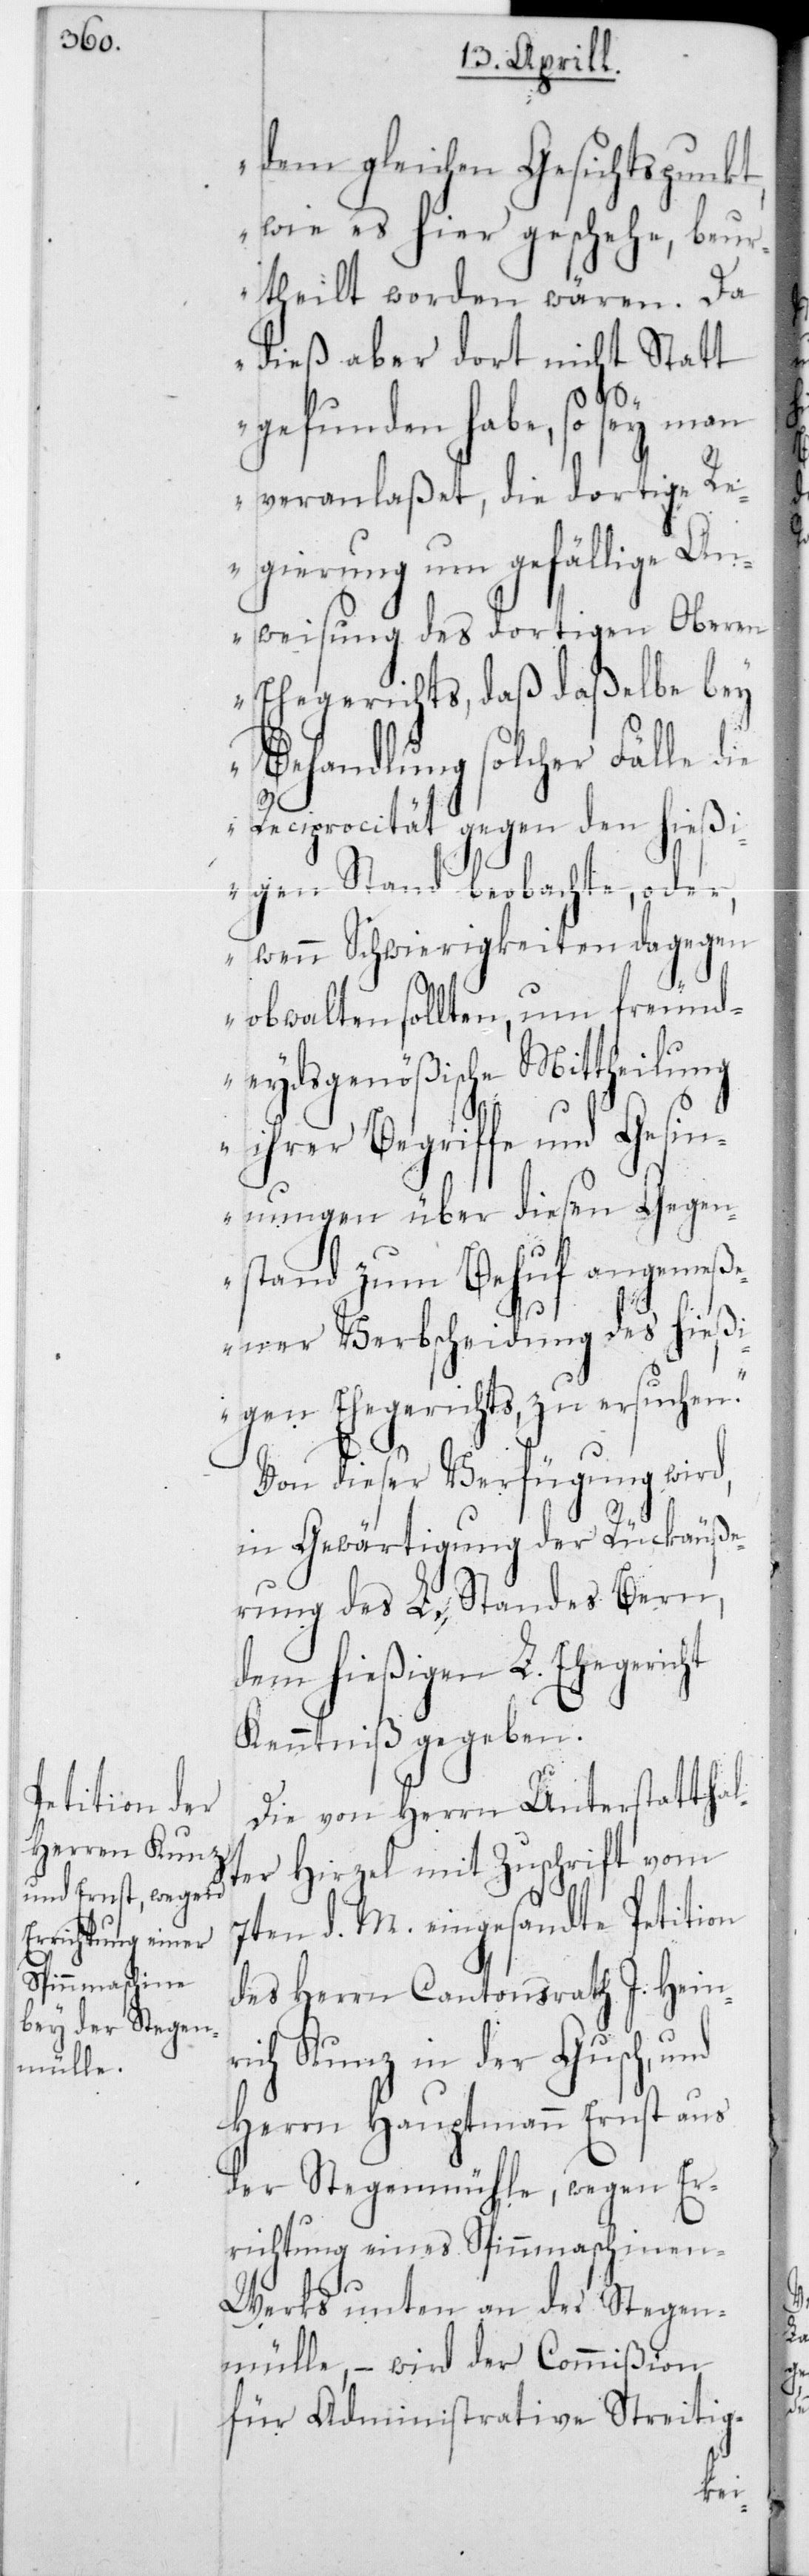
dem gleichen Gesichtspunkt,
wie es hier geschehe, beur¬
theilt worden wären. Da
dieß aber dort nicht Statt
gefunden habe, so sey man
veranlaßet, die dortige Re¬
gierung um gefällige An¬
weisung des dortigen Oberen
Ehegerichts, daß daßelbe bey
Behandlung solcher Fälle die
Reciprocität gegen den hieß¬
igen Stand beobachte, oder,
wenn Schwierigkeiten dagegen
obwalten sollten, um freund¬
eydsgenößische Mittheilung
ihrer Begriffe und Gesi¬
nnungen über diesen Gegen¬
stand zum Behuf angemeß¬
ener Verbscheidung des hießi¬
gen Ehegerichts, zu ersuchen“.
Von dieser Verfügung wird,
in Gewärtigung der Rückäuße¬
rung des L. Standes Bern,
dem hießigen L. Ehegericht
Kenntniß gegeben.
Die von Herrn Unterstatthal¬
ter Hirzel mit Zuschrift vom
7ten d. M. eingesandte Petition
des Herrn Cantonsrath J. Heinr¬
ich Kunz in der Gusch,
Herrn Hauptmann Ernst aus
der Stegenmühle, wegen Er¬
richtung eines Spinnmaschine¬
n-Werks unten an der Stegen¬
mülle, – wird der Commißion
für Administrative Streitig-